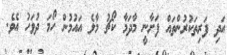
އަދި ފަރިތަކުރުންތައް ފަށާނީ މާދަމާ ކޯޗު މާލެ އައުމުން ހޯމަ ދުވަހު އެވެ.